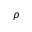
\rho